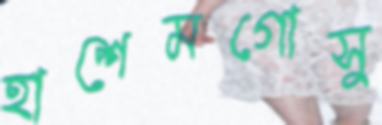
হাশেমগোসু